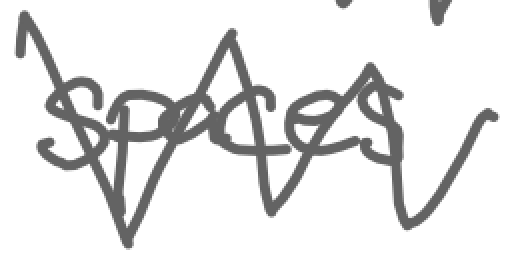
Text: spaces
Cross-out: zig-zag
Writing tool: digital_gray